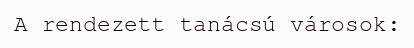
A rendezett tanácsú városok: